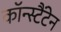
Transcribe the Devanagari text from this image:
कॉन्स्टैंटेन